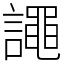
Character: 譝